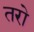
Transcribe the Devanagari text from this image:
तरो